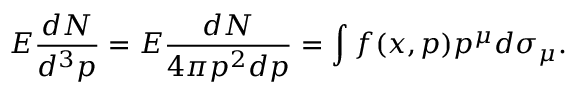
E { \frac { d N } { d ^ { 3 } p } } = E { \frac { d N } { 4 \pi p ^ { 2 } d p } } = \int f ( x , p ) p ^ { \mu } d \sigma _ { \mu } .